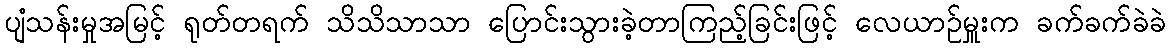
ပျံသန်းမှုအမြင့် ရုတ်တရက် သိသိသာသာ ပြောင်းသွားခဲ့တာကြည့်ခြင်းဖြင့် လေယာဉ်မှူးက ခက်ခက်ခဲခဲ